38_143685_box7_Incident_Summaries_1-100
Agency: Department of War
Page 161
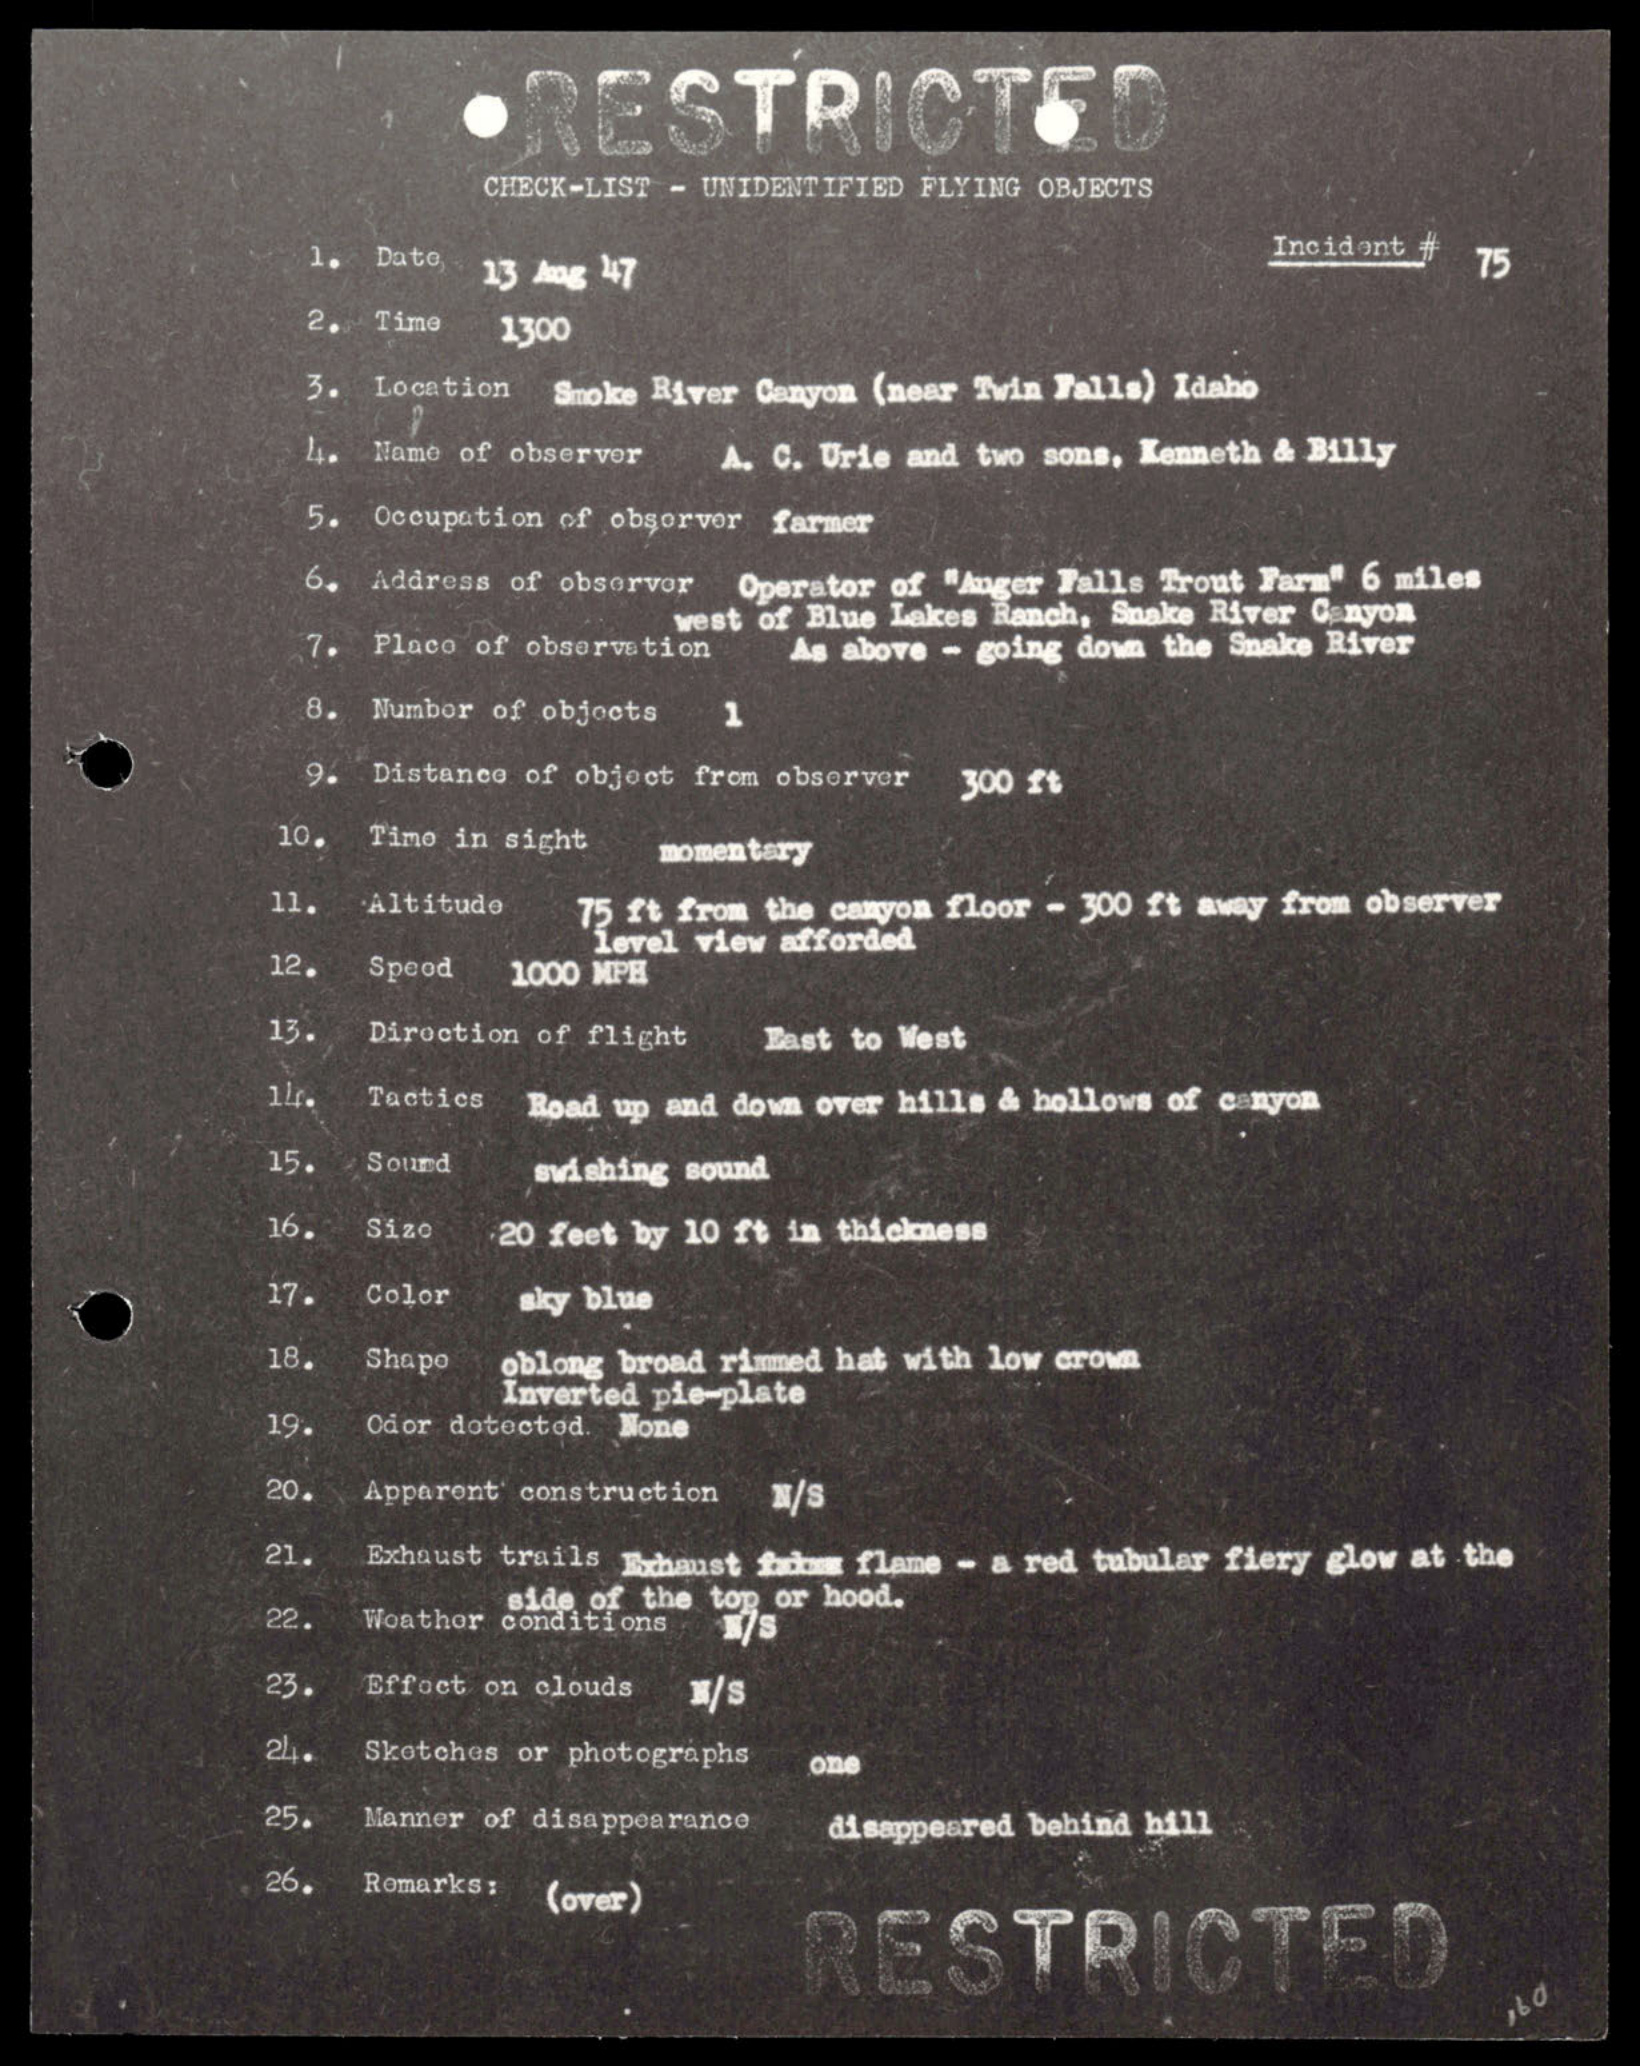